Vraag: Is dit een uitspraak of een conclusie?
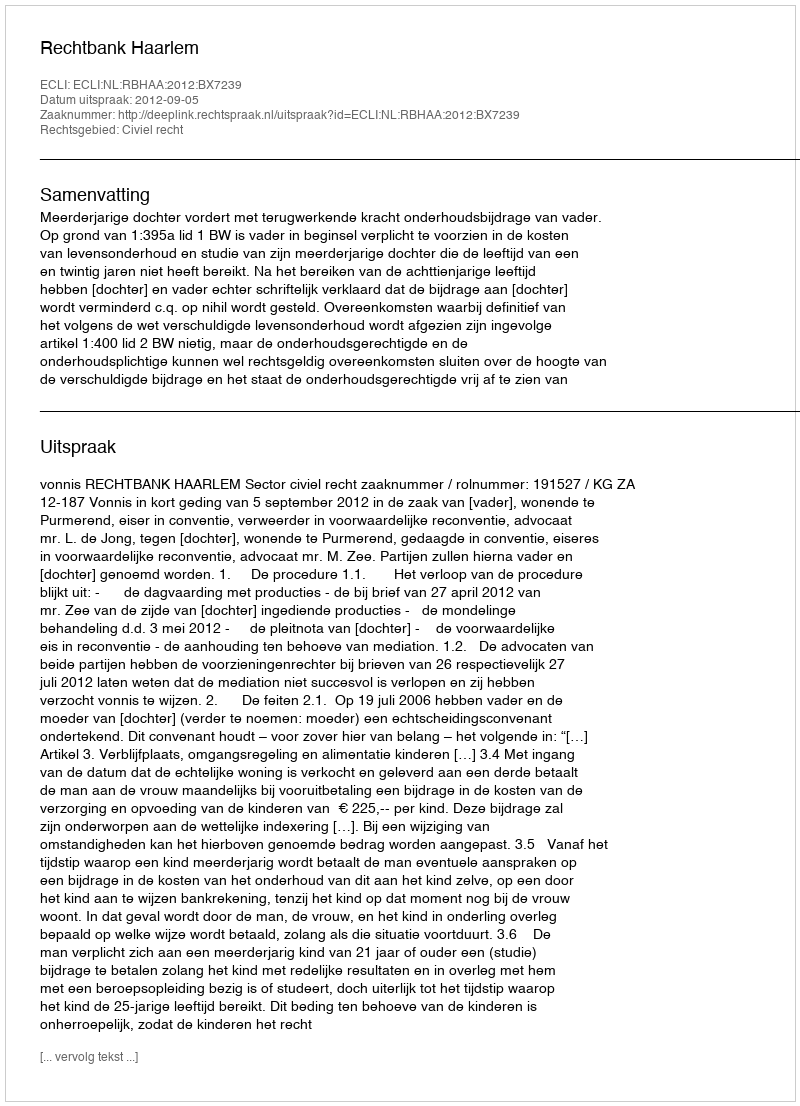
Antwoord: Uitspraak